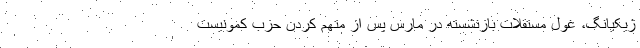
ژیکیانگ، غول مستقلات بازنشسته در مارس پس از متهم کردن حزب کمونیست